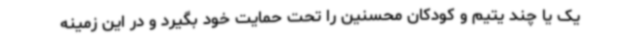
یک یا چند یتیم و کودکان محسنین را تحت حمایت خود بگیرد و در این زمینه